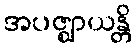
အပဇ္ဈာယန္တိ